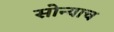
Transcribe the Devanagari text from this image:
सोन्याच